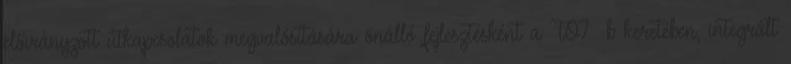
előirányzott útkapcsolatok megvalósítására önálló fejlesztésként a TO7 b keretében, integrált